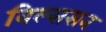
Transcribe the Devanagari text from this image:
विल्ससन